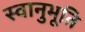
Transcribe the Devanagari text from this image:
स्‍वानुभूति